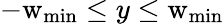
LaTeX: -\mathrm{w}_{\mathrm{min}}\le y\le\mathrm{w}_{\mathrm{min}}